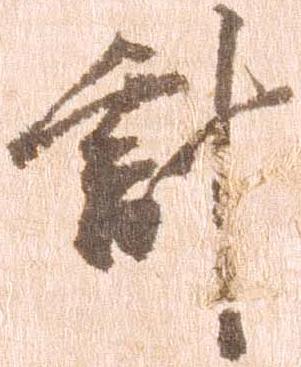
計